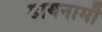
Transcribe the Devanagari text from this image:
डायनामौ